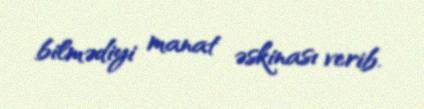
bilmədiyi manat əskinası verib.